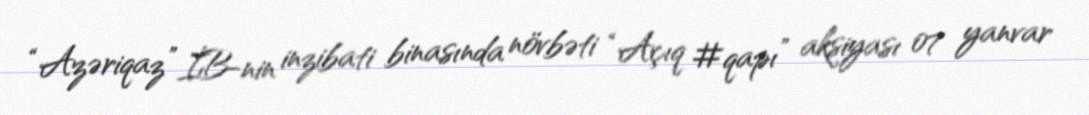
“Azəriqaz” İB-nin inzibati binasında növbəti “Açıq #qapı” aksiyası 07 yanvar